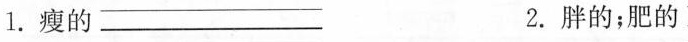
1.瘦的___ 2.胖的；肥的___